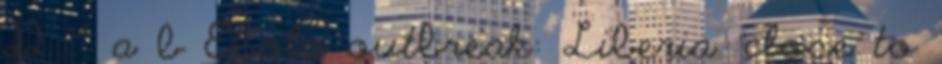
22. ^ a b Ebola outbreak: Liberia 'close to